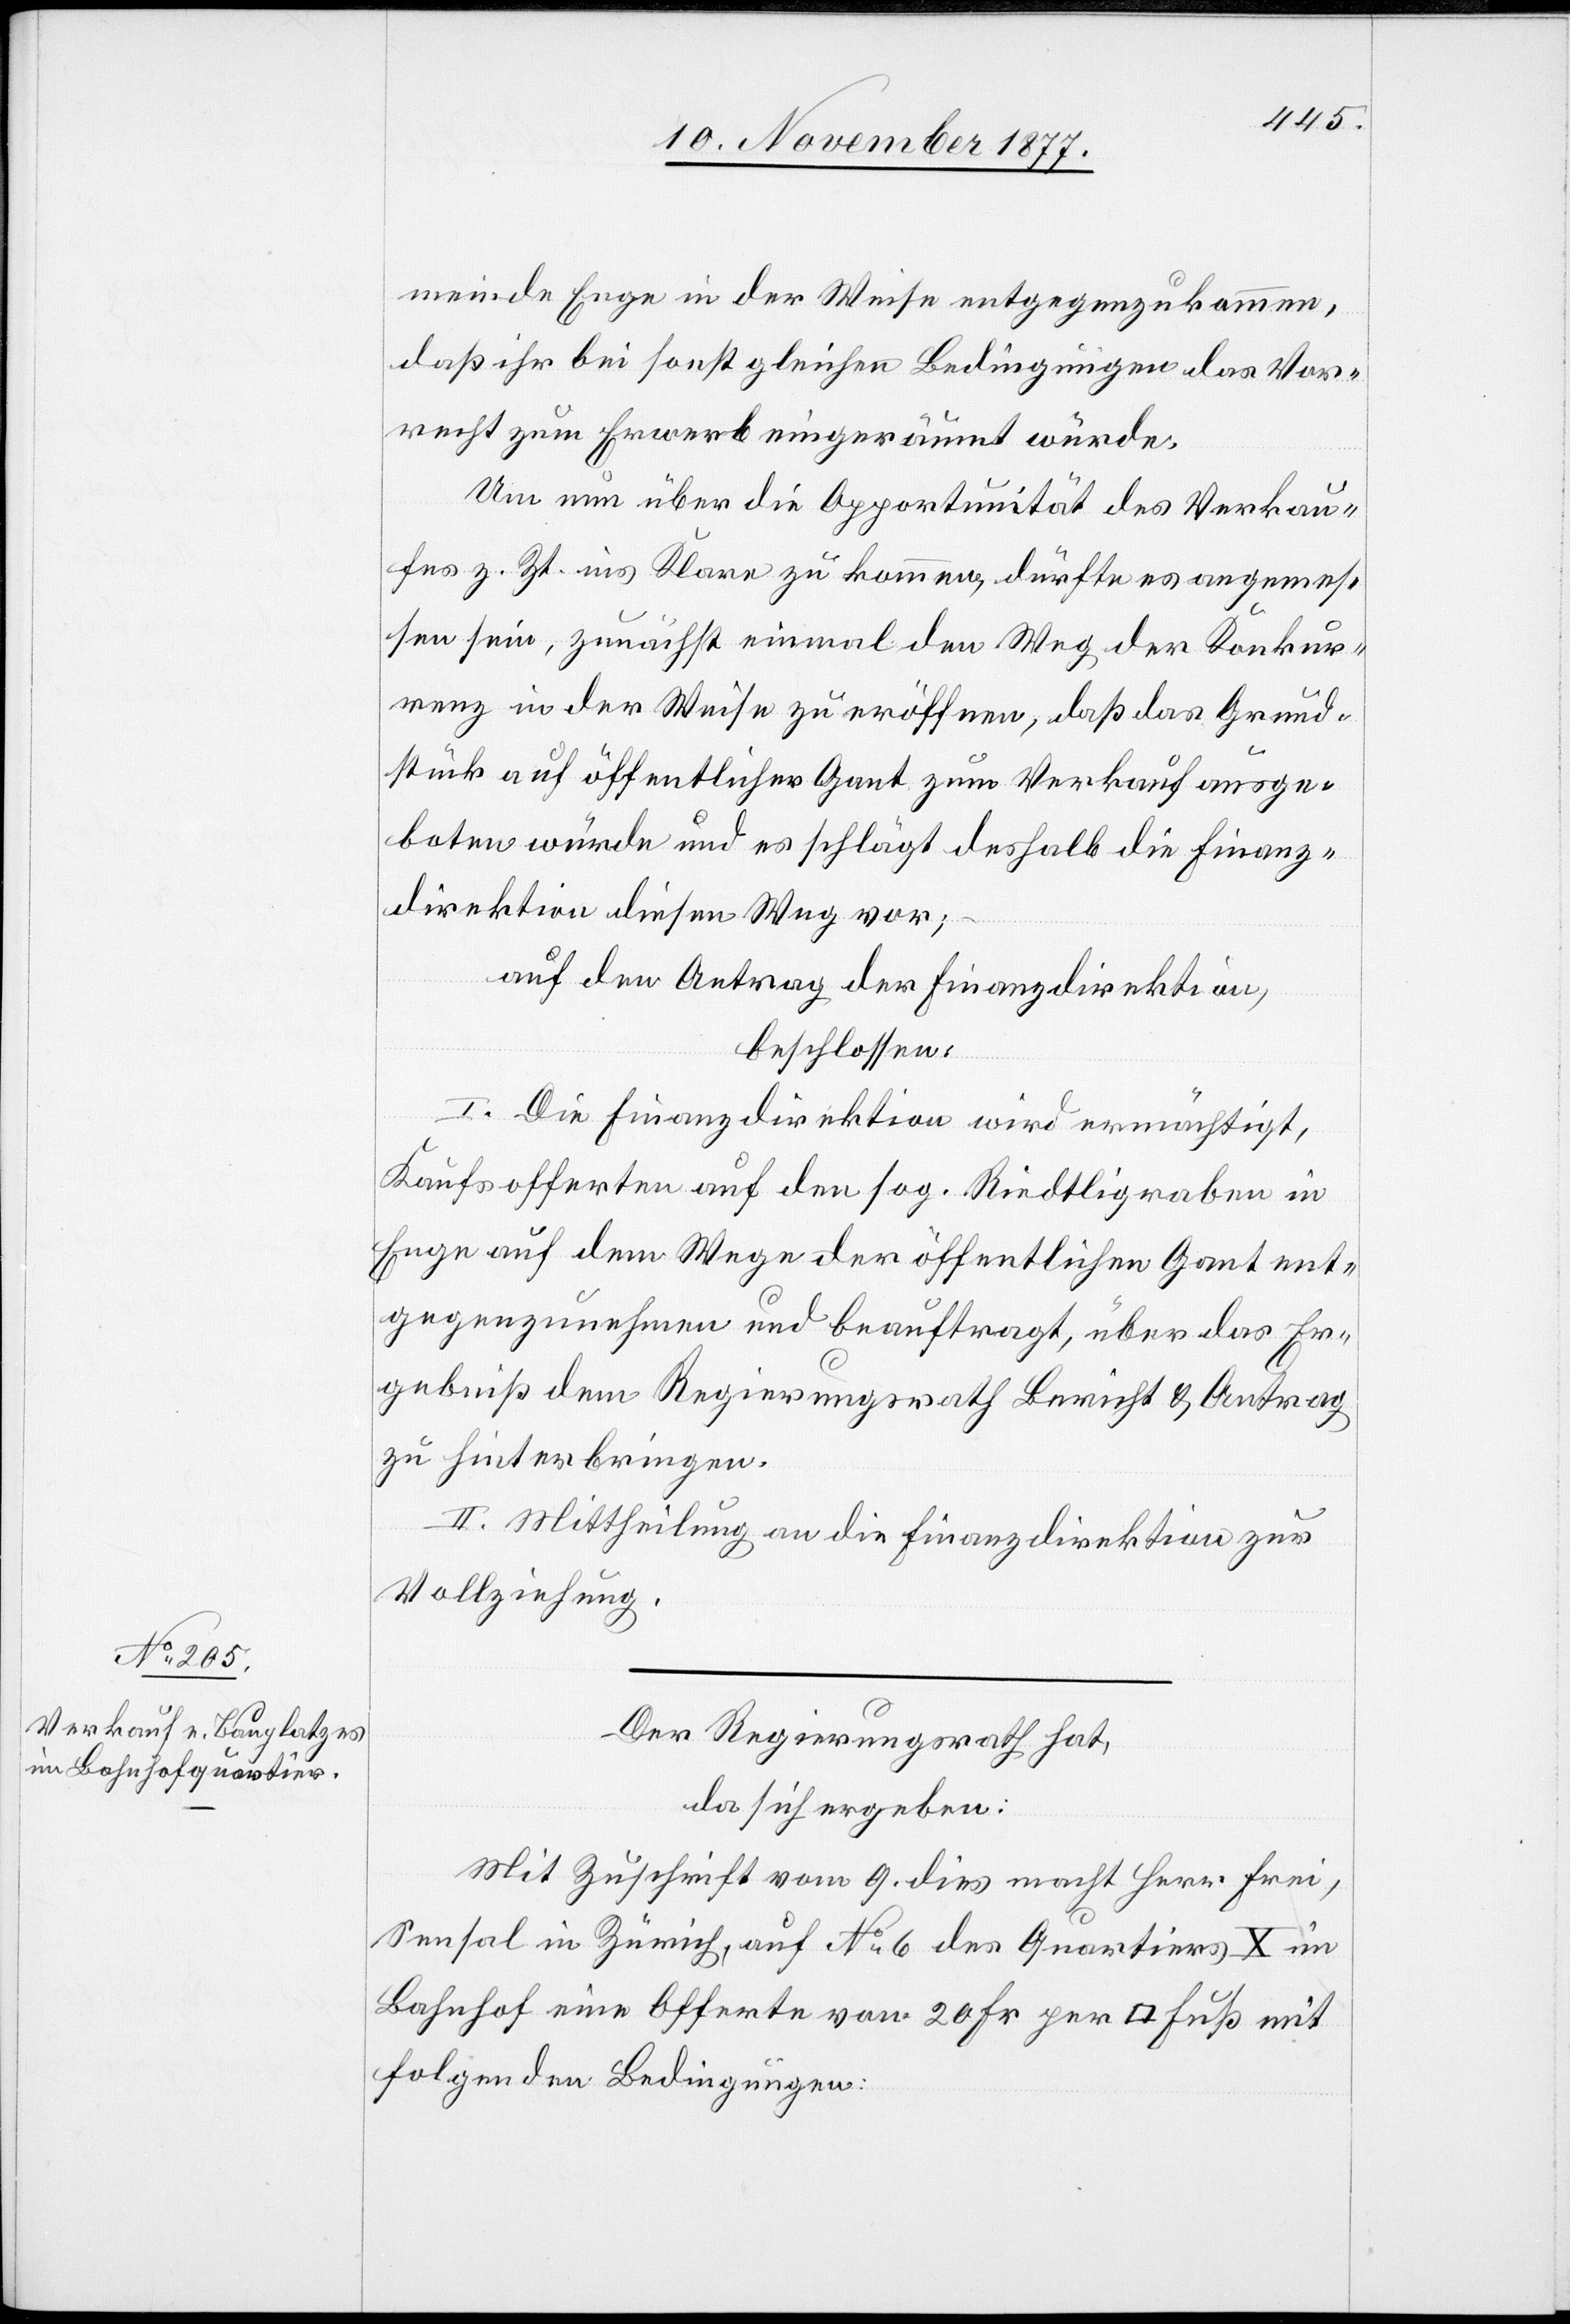
meinde Enge in der Weise entgegenzukommen,
daß ihr bei sonst gleichen Bedingungen das Vor¬
recht zum Erwerb eingeräumt würde.
Um nun über die Opportunität des Verkau¬
fes z. Zt. ins Klare zu kommen, dürfte es angemes¬
sen sein, zunächst einmal den Weg der Konkur¬
renz in der Weise zu eröffnen, daß das Grund¬
stück auf öffentlicher Gant zum Verkauf ausge¬
boten würde und es schlägt deshalb die Finanz¬
direktion diesen Weg vor;
auf den Antrag der Finanzdirektion,
beschlossen:
I. Die Finanzdirektion wird ermächtigt,
Kaufsofferten auf den sog. Riedtligraben in
Enge auf dem Wege der öffentlichen Gant ent¬
gegenzunehmen und beauftragt, über das Er¬
gebniß dem Regierungsrath Bericht & Antrag
zu hinterbringen.
II. Mittheilung an die Finanzdirektion zur
Vollziehung.
Der Regierungsrath hat,
da sich ergeben:
Mit Zuschrift vom 9. dies macht Herr Frei,
Sensal in Zürich, auf No 6 des Quartiers X im
Bahnhof eine Offerte von 20 Fr. per [Quadrat] Fuß mit
folgenden Bedingungen: